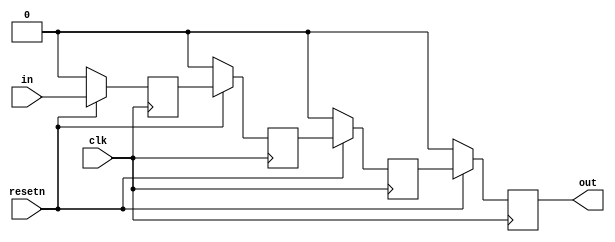
module top_module (
    input clk,
    input resetn,   // synchronous reset
    input in,
    output out);

    reg q0,q1,q2;
    always @(posedge clk) begin
        if (~resetn) begin
            out <= 1'b0;
            q0 <= 1'b0;
            q1 <= 1'b0;
            q2 <= 1'b0;
        end
        else begin
            q0 <= in;
            q1 <= q0;
            q2 <= q1;
            out <= q2;
        end
    end

endmodule